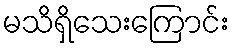
မသိရှိသေးကြောင်း